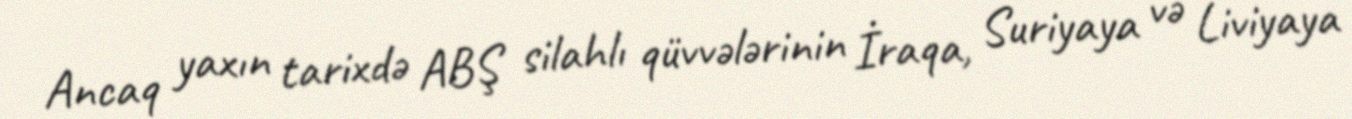
Ancaq yaxın tarixdə ABŞ silahlı qüvvələrinin İraqa, Suriyaya və Liviyaya